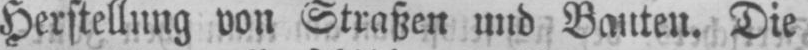
Herstellung von Straßen und Bauten. Die